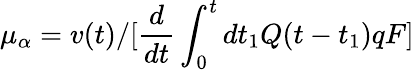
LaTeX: \mu_{\alpha}=v(t)/[\frac{d}{dt}\int_{0}^{t}dt_{1}Q(t-t_{1})qF]